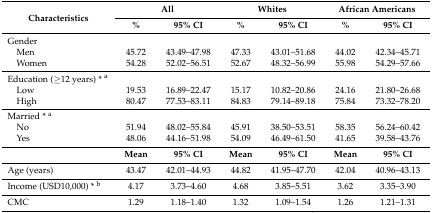
<table><thead><tr><td rowspan="2"><b>Characteristics</b></td><td colspan="2"><b>All</b></td><td colspan="2"><b>Whites</b></td><td colspan="2"><b>African Americans</b></td></tr><tr><td><b>%</b></td><td><b>95% CI</b></td><td><b>%</b></td><td><b>95% CI</b></td><td><b>%</b></td><td><b>95% CI</b></td></tr></thead><tbody><tr><td>Gender</td><td></td><td></td><td></td><td></td><td></td><td></td></tr><tr><td> Men</td><td>45.72</td><td>43.49–47.98</td><td>47.33</td><td>43.01–51.68</td><td>44.02</td><td>42.34–45.71</td></tr><tr><td> Women</td><td>54.28</td><td>52.02–56.51</td><td>52.67</td><td>48.32–56.99</td><td>55.98</td><td>54.29–57.66</td></tr><tr><td>Education (≥12 years) * <sup>a</sup></td><td></td><td></td><td></td><td></td><td></td><td></td></tr><tr><td> Low</td><td>19.53</td><td>16.89–22.47</td><td>15.17</td><td>10.82–20.86</td><td>24.16</td><td>21.80–26.68</td></tr><tr><td> High</td><td>80.47</td><td>77.53–83.11</td><td>84.83</td><td>79.14–89.18</td><td>75.84</td><td>73.32–78.20</td></tr><tr><td>Married * <sup>a</sup></td><td></td><td></td><td></td><td></td><td></td><td></td></tr><tr><td> No</td><td>51.94</td><td>48.02–55.84</td><td>45.91</td><td>38.50–53.51</td><td>58.35</td><td>56.24–60.42</td></tr><tr><td> Yes</td><td>48.06</td><td>44.16–51.98</td><td>54.09</td><td>46.49–61.50</td><td>41.65</td><td>39.58–43.76</td></tr><tr><td></td><td><b>Mean</b></td><td><b>95% CI</b></td><td><b>Mean</b></td><td><b>95% CI</b></td><td><b>Mean</b></td><td><b>95% CI</b></td></tr><tr><td>Age (years)</td><td>43.47</td><td>42.01–44.93</td><td>44.82</td><td>41.95–47.70</td><td>42.04</td><td>40.96–43.13</td></tr><tr><td>Income (USD10,000) * <sup>b</sup></td><td>4.17</td><td>3.73–4.60</td><td>4.68</td><td>3.85–5.51</td><td>3.62</td><td>3.35–3.90</td></tr><tr><td>CMC</td><td>1.29</td><td>1.18–1.40</td><td>1.32</td><td>1.09–1.54</td><td>1.26</td><td>1.21–1.31</td></tr></tbody></table>